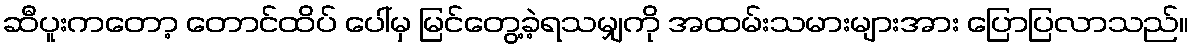
ဆီပူးကတော့ တောင်ထိပ် ပေါ်မှ မြင်တွေ့ခဲ့ရသမျှကို အထမ်းသမားများအား ပြောပြလာသည်။